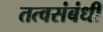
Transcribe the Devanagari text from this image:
तत्वसंबंधी